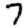
Digit: 7